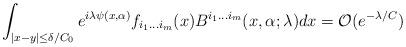
LaTeX: \begin{align*}\int_{|x-y|\leq\delta/C_{0}}e^{i\lambda \psi(x,\alpha)}f_{i_{1}\dots i_{m}}(x)B^{i_{1}\dots i_{m}}(x,\alpha;\lambda)dx=\mathcal{O}(e^{-\lambda/C})\end{align*}